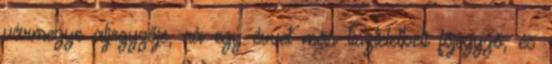
vármegye aljegyzője, rá egy évvel már tiszteletbeli főjegyző, és